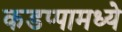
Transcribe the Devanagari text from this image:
कडप्पामध्ये